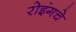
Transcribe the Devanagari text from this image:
रोइंगचे